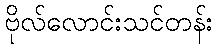
ဗိုလ်လောင်းသင်တန်း